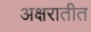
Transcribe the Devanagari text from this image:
अक्षरातीत